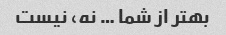
بهتر از شما … نه، نیست